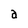
Character: a